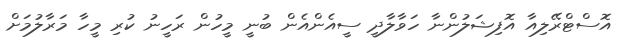
އޮސްޓްރޭލިއާ އޮފިޝަލުންނާ ހަވާލާދީ ސީއެންއެން ބުނީ މީހުން ރަހީނު ކުރި މީހާ މަރާލުމަށް